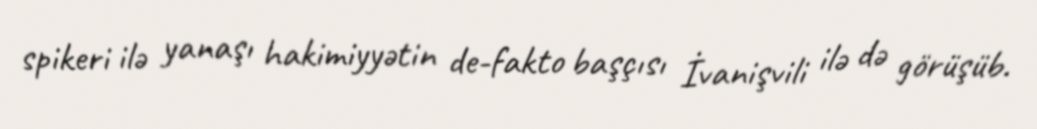
spikeri ilə yanaşı hakimiyyətin de-fakto başçısı İvanişvili ilə də görüşüb.